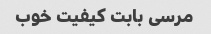
مرسی بابت کیفیت خوب